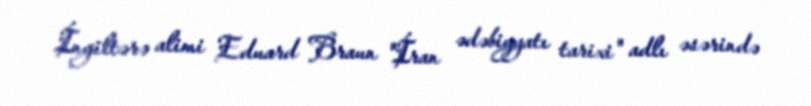
İngiltərə alimi Eduard Braun "İran ədəbiyyatı tarixi" adlı əsərində